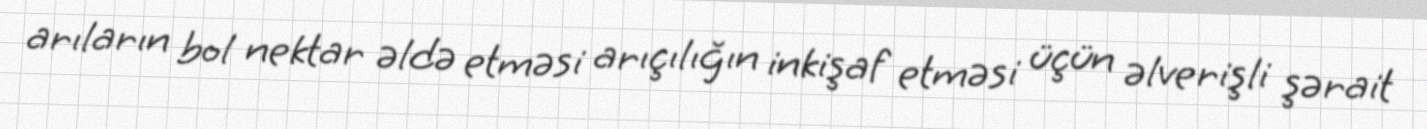
arıların bol nektar əldə etməsi arıçılığın inkişaf etməsi üçün əlverişli şərait